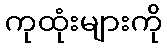
ကုထုံးများကို